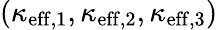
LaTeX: (\kappa_{\mathrm{eff},1},\kappa_{\mathrm{eff},2},\kappa_{\mathrm{eff},3})